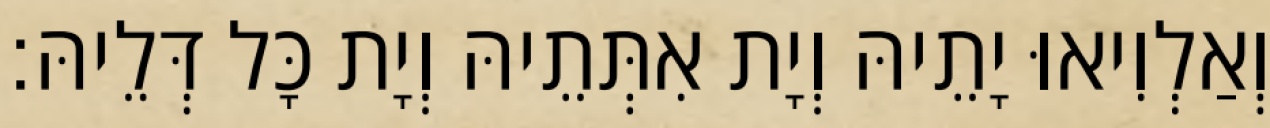
וְאַלְוִיאוּ יָתֵיהּ וְיָת אִתְּתֵיהּ וְיָת כָּל דְּלֵיהּ׃